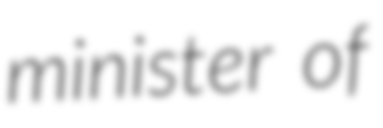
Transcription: minister of